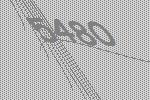
5480